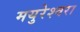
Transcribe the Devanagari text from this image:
मयुरेश्वरा